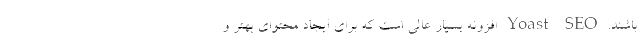
باشند. Yoast SEO افزونه بسیار عالی است که برای ایجاد محتوای بهتر و